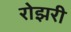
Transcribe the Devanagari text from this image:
रोझरी